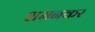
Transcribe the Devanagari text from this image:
शमनकर